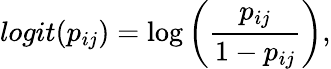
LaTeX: logit(p_{ij})=\log\left(\frac{p_{ij}}{1-p_{ij}}\right),